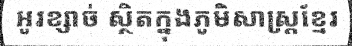
អូរខ្សាច់ ស្ថិតក្នុងភូមិសាស្ត្រខ្មែរ